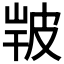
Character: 𤿣